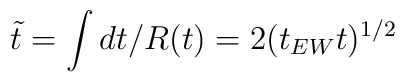
\tilde{t}=\int dt/R(t) = 2(t_{EW}t)^{1/2}